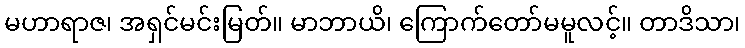
မဟာရာဇ၊ အရှင်မင်းမြတ်။ မာဘာယိ၊ ကြောက်တော်မမူလင့်။ တာဒိသာ၊